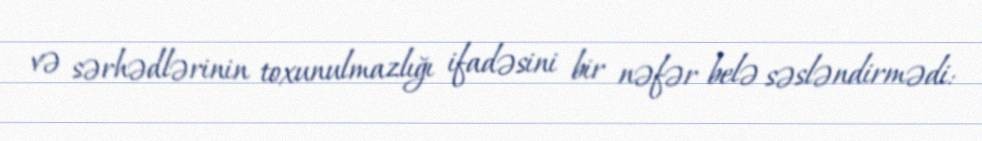
və sərhədlərinin toxunulmazlığı ifadəsini bir nəfər belə səsləndirmədi: